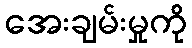
အေးချမ်းမှုကို